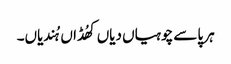
ہر پاسے چوہیاں دیاں کھُڈاں ہُندیاں۔